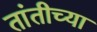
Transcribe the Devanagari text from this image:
तांतीच्या